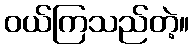
ဝယ်ကြသည်တဲ့။